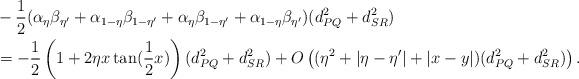
LaTeX: \begin{align*}&-\frac{1}{2} (\alpha_\eta \beta_{\eta'} + \alpha_{1-\eta} \beta_{1-\eta'} + \alpha_\eta \beta_{1-\eta'} +\alpha_{1-\eta} \beta_{\eta'})(d_{PQ}^2 + d_{SR}^2)\\&=-\frac{1}{2} \left(1 + 2 \eta x \tan (\frac{1}{2} x)\right)(d_{PQ}^2 + d_{SR}^2)+O\left((\eta^2+ |\eta - \eta'|+|x-y|) (d_{PQ}^2 + d_{SR}^2)\right).\end{align*}